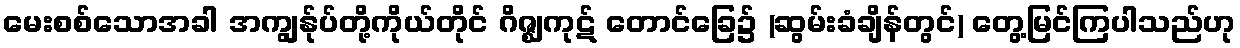
မေးစစ်သောအခါ အကျွန်ုပ်တို့ကိုယ်တိုင် ဂိဇ္ဈကုဋ် တောင်ခြေ၌ (ဆွမ်းခံချိန်တွင်) တွေ့မြင်ကြပါသည်ဟု